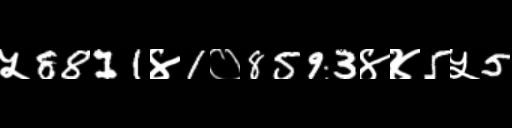
Text: ५8811४1०8593४४5५5